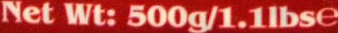
Net Wt: 500g/1.1lbse